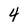
Character: 4